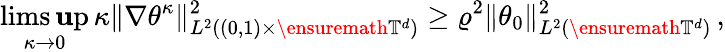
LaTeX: \operatorname*{lims\mathbf{u}p}_{\kappa\to0}\, \kappa\| \nabla\theta^{\kappa}\| _{L^{2}((0,1)\times\ensuremath{{\mathbb{{T}}}}^{d})}^{2}\geq\varrho^{2}\| \theta_{0}\| _{L^{2}(\ensuremath{{\mathbb{{T}}}}^{d})}^{2}\, ,